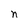
Character: n